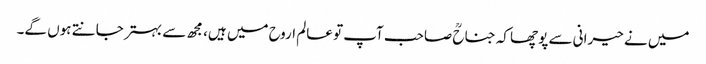
میں نے حیرانی سے پوچھا کہ جناحؒ صاحب آپ تو عالم اروح میں ہیں، مجھ سے بہتر جانتے ہوں گے۔